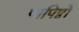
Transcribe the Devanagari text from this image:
पापिष्ठो